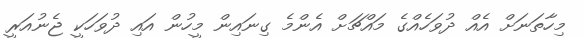
މިހާތަނަށް އެއް ދުވަހެއްގެ މައްޗަށް އެންމެ ގިނައިން މީހުން އައި ދުވަހަކީ ޖެނުއަރީ